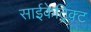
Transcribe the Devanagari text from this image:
साईकेट्रिक्ट